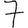
Digit: 7